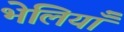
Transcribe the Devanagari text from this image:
भेलियाँ